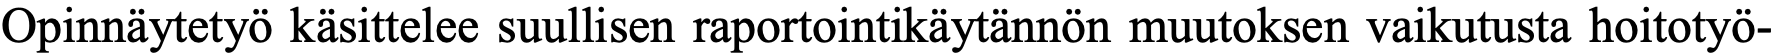
Opinnäytetyö käsittelee suullisen raportointikäytännön muutoksen vaikutusta hoitotyö-